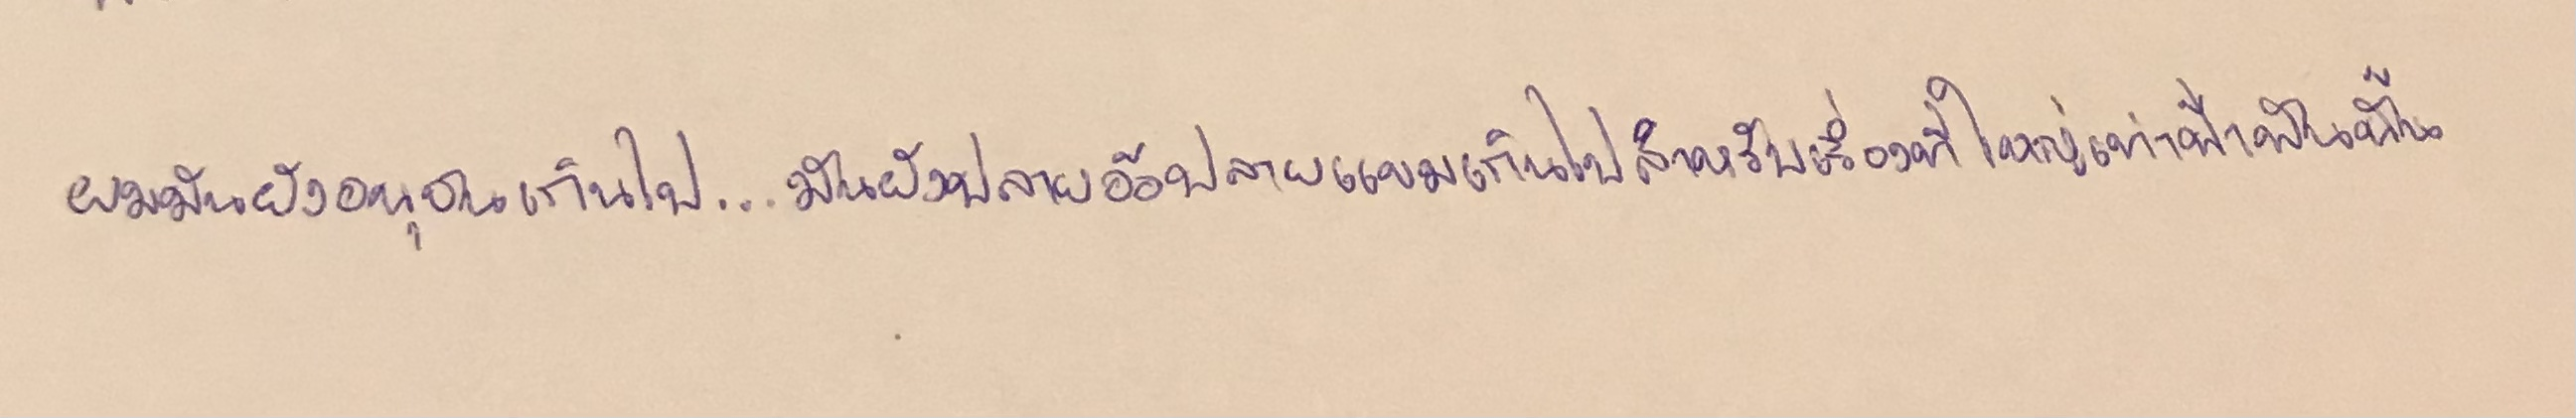
ผมมันยังอนุชนเกินไป...มันยังปลายอ้อปลายแขมเกินไปสำหรับเรื่องที่ใหญ่เท่าฟ้าพันนั้น